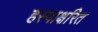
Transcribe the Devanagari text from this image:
हस्पाक्षरित